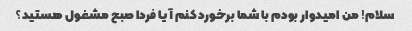
سلام! من امیدوار بودم با شما برخورد کنم آیا فردا صبح مشغول هستید؟